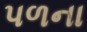
પળના